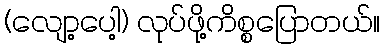
(လျော့ပေါ့) လုပ်ဖို့ကိစ္စပြောတယ်။